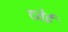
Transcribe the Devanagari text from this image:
दतेई